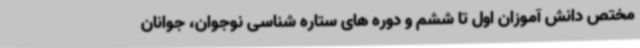
مختص دانش آموزان اول تا ششم و دوره های ستاره شناسی نوجوان، جوانان